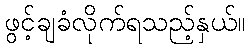
ဖွင့်ချခံလိုက်ရသည့်နှယ်။